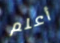
أعلم